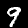
Label: 9